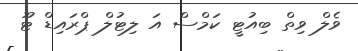
ވެލް ވިތް ބިއުޓީ ކަމްސް އަ ލިޓުލް ޕްރައިޑް ޓޫ